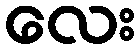
လေး